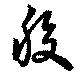
股